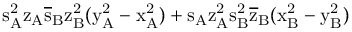
\mathrm { s _ { A } ^ { 2 } \mathrm { z _ { A } \mathrm { \overline { { s } } _ { B } \mathrm { z _ { B } ^ { 2 } ( \mathrm { y _ { A } ^ { 2 } - \mathrm { x _ { A } ^ { 2 } ) + \mathrm { s _ { A } \mathrm { z _ { A } ^ { 2 } \mathrm { s _ { B } ^ { 2 } \mathrm { \overline { { z } } _ { B } ( \mathrm { x _ { B } ^ { 2 } - \mathrm { y _ { B } ^ { 2 } ) } } } } } } } } } } } }